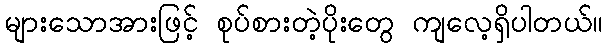
များသောအားဖြင့် စုပ်စားတဲ့ပိုးတွေ ကျလေ့ရှိပါတယ်။